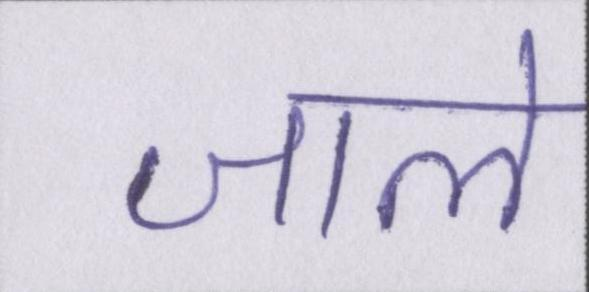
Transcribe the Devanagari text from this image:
जाले